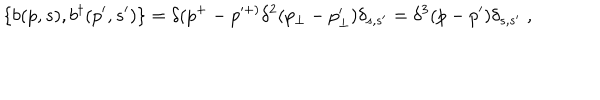
\{ b ( p , s ) , b ^ { \dagger } ( p ^ { \prime } , s ^ { \prime } ) \} = \delta ( p ^ { + } - p ^ { \prime + ) } \delta ^ { 2 } ( p _ { \perp } - p _ { \perp } ^ { \prime } ) \delta _ { s , s ^ { \prime } } = \delta ^ { 3 } ( p - p ^ { \prime } ) \delta _ { s , s ^ { \prime } } \; ,